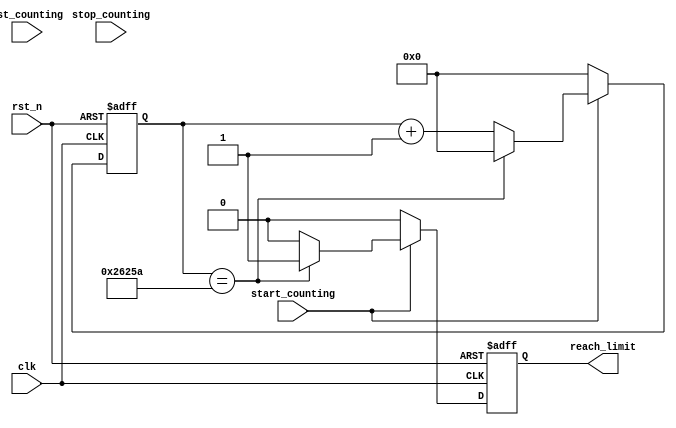
module waiting_module
    #(
    parameter END_COUNTER = 156250,
    parameter START_COUNTER = 0,
    parameter WAITING_TYPE = 0, // 0: Counting HIGH or LOW pulse
                                // 1: Counting between "start" and "stop" 
    parameter LEVEL_PULSE = 1,  // 0: count when LOW level
                                // 1: count when HIGH level                           
    parameter LIMIT_COUNTER_WIDTH = $clog2(END_COUNTER)
    )
    (
    input clk,
    input start_counting,
    input stop_counting,
    input rst_counting,
    input rst_n,
    output reg reach_limit
    // Debug 
//    ,output [LIMIT_COUNTER_WIDTH - 1:0] counter_wire
    );
    reg [LIMIT_COUNTER_WIDTH - 1:0] counter;
    reg start_counting_sync;
    reg stop_counting_sync;
    reg rst_counting_sync;    
    reg [1:0] state_counter;

    always @(posedge clk, negedge rst_n) begin
        if(!rst_n) begin
            start_counting_sync <= 0;
            stop_counting_sync <= 0;
            rst_counting_sync <= 0;
        end
        else begin
            start_counting_sync <= start_counting;
            stop_counting_sync <= stop_counting; 
            rst_counting_sync <= rst_counting; 
        end
        
    end
    
	generate
        if(WAITING_TYPE) begin
            localparam IDLE_STATE = 0;
            localparam COUNTING_STATE = 1;
            localparam STOP_STATE = 2;
            always @(posedge clk, negedge rst_n) begin
                if(!rst_n) begin
                    counter <= START_COUNTER;
                    state_counter <= IDLE_STATE;
                    reach_limit <= 0;
                end
                else begin
                    case(state_counter)
                        IDLE_STATE: begin
                            if(start_counting_sync) begin
                                state_counter <= COUNTING_STATE;
                                counter <= counter + 1;
                            end
                            reach_limit <= 0;
                        end
                        COUNTING_STATE: begin
                            if(rst_counting_sync) begin
                                state_counter <= IDLE_STATE;
                                counter <= START_COUNTER;
                            end
                            else if(counter == END_COUNTER) begin
                                state_counter <= IDLE_STATE;
                                counter <= START_COUNTER;
                                reach_limit <= 1;
                            end
                            else if(stop_counting_sync) begin
                                state_counter <= STOP_STATE;
                            end 
                            else counter <= counter + 1; 
                        end
                        STOP_STATE: begin
                            if(rst_counting_sync) begin
                                state_counter <= IDLE_STATE;
                                counter <= START_COUNTER;
                            end
                            else if(start_counting_sync) begin
                                state_counter <= COUNTING_STATE;
                                counter <= counter + 1;
                            end
                        end
                        
                    endcase 
                end
            end
        end
        else begin
            always @(posedge clk, negedge rst_n) begin
                if(!rst_n) begin
                    counter <= START_COUNTER;
                    reach_limit <= 0;
                end
                else begin
                    if(start_counting == LEVEL_PULSE) begin
                        if(counter == END_COUNTER) begin
                            counter <= START_COUNTER;
                            reach_limit <= 1;
                        end 
                        else begin
                            counter <= counter + 1;
                            reach_limit <= 0;
                        end
                    end
                    else begin
                        counter <= START_COUNTER;
                        reach_limit <= 0;
                    end
                end
            end
        end
    endgenerate
    // debug area
//    assign counter_wire = counter;
endmodule